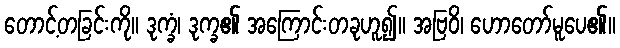
တောင့်တခြင်းကို။ ဒုက္ခံ၊ ဒုက္ခ၏ အကြောင်းတခုဟူ၍။ အဗြဝိ၊ ဟောတော်မူပေ၏။